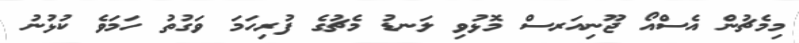
މިމެޗުން އެސްއޯ ޖޫނިއަރސް މޮޅުވި ލަނޑު މެެޗުގެ ފުރިހަމަ ވަގުތު ހަމަވެ ކުޅުނު